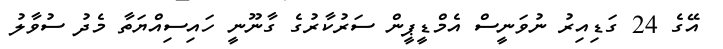
އޭގެ 24 ގަޑިއިރު ނުވަނީސް އެމްޑީޕީން ސަރުކާރުގެ ގާނޫނީ ހައިސިއްޔަތާ މެދު ސުވާލު